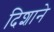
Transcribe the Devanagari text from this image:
दिशाने